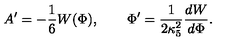
A ^ { \prime } = - { \frac { 1 } { 6 } } W ( \Phi ) , \qquad \Phi ^ { \prime } = { \frac { 1 } { 2 \kappa _ { 5 } ^ { 2 } } } { \frac { d W } { d \Phi } } .